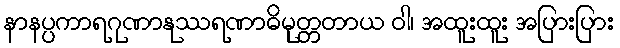
နာနပ္ပကာရဂုဏာနုဿရဏာဓိမုတ္တတာယ ဝါ၊ အထူးထူး အပြားပြား